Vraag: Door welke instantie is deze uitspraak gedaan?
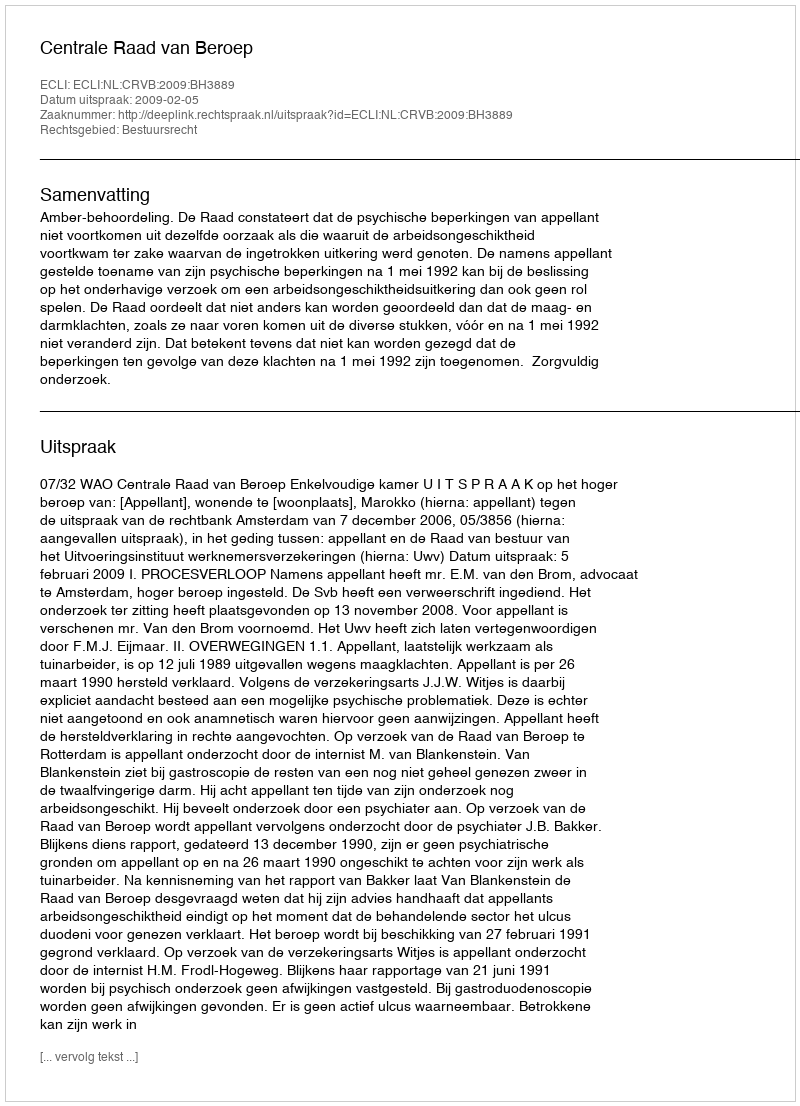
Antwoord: Centrale Raad van Beroep